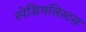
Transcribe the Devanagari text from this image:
स्पेशियलिस्टस